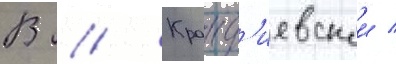
В // Кранд'иевскои /